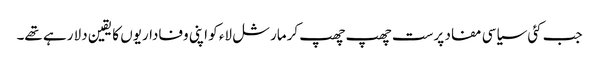
جب کئی سیاسی مفاد پرست چھپ چھپ کرمارشل لاء کو اپنی وفاداریوں کا یقین دلا رہے تھے۔